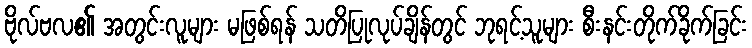
ဗိုလ်ဗလ၏ အတွင်းလူများ မဖြစ်ရန် သတိပြုလုပ်ချိန်တွင် ဘုရင့်သူများ စီးနင်းတိုက်ခိုက်ခြင်း